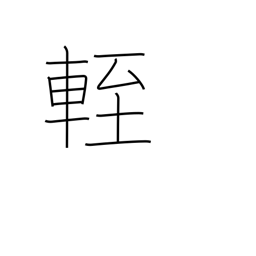
Meaning: low